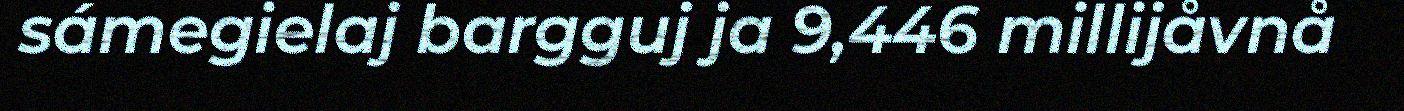
sámegielaj bargguj ja 9,446 millijåvnå